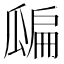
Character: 𤬊